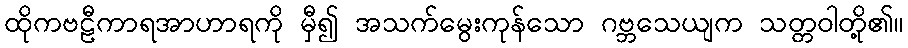
ထိုကဗဠီကာရအာဟာရကို မှီ၍ အသက်မွေးကုန်သော ဂဗ္ဘသေယျက သတ္တဝါတို့၏။